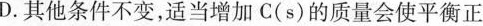
D. 其他条件不变，适当增加C(s)的质量会使平衡正